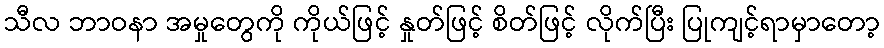
သီလ ဘာဝနာ အမှုတွေကို ကိုယ်ဖြင့် နှုတ်ဖြင့် စိတ်ဖြင့် လိုက်ပြီး ပြုကျင့်ရာမှာတော့